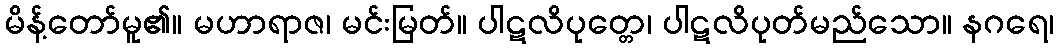
မိန့်တော်မူ၏။ မဟာရာဇ၊ မင်းမြတ်။ ပါဋလိပုတ္တေ၊ ပါဋလိပုတ်မည်သော။ နဂရေ၊